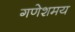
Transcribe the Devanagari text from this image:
गणेशमय